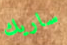
ساريك